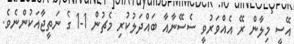
އޭސީ މިލާން ރޭ އެއްވަރުވީ ސެސޭނާއާ ބައްދަލުކުރި މެޗުން 1-1 ގެ ނަތީޖާއަކުންނެވެ.